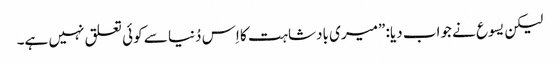
‏ لیکن یسوع نے جواب دیا:‏ ”‏میری بادشاہت کا اِس دُنیا سے کوئی تعلق نہیں ہے۔